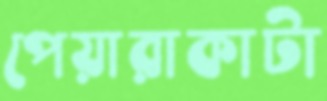
পেয়ারাকাটা